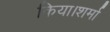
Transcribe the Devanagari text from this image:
किया।शर्मा